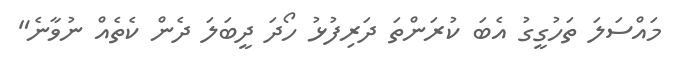
މައްސަލަ ތަހުގީގު އެބަ ކުރަންތަ ދަރިފުޅު ހޯދަ ދީބަލަ ދެން ކެތެއް ނުވާނެ"